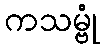
ကသမ္ဗုံ